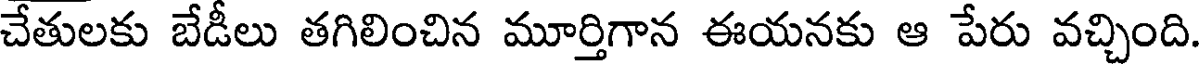
చేతులకు బేడీలు తగిలించిన మూర్తిగాన ఈయనకు ఆ పేరు వచ్చింది